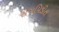
રોગપિડીત